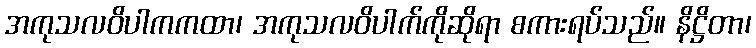
အကုသလဝိပါကကထာ၊ အကုသလဝိပါက်ကိုဆိုရာ စကားရပ်သည်။ နိဋ္ဌိတာ၊